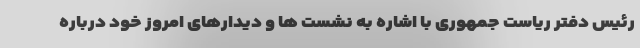
رئیس دفتر ریاست جمهوری با اشاره به نشست ها و دیدارهای امروز خود درباره